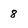
Character: 8